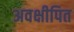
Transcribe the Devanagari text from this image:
अवक्षीपित